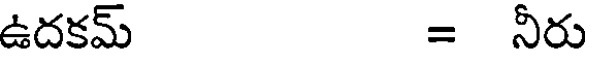
ఉదకమ్ = నీరు